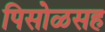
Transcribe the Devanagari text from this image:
पिसोळसह